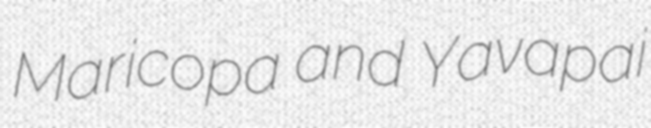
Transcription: Maricopa and Yavapai